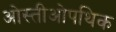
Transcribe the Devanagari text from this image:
ओस्तीओपथिक